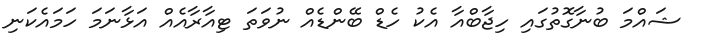
ޝައްމަ ބުނާގޮތުގައި ހިޖާބްއާ އެކު ހެޑް ބޭންޑެއް ނުވަތަ ޓިއާރާއެއް އަޅާނަމަ ހަމައެކަނި